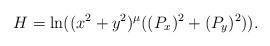
LaTeX: \begin{align*}H = \ln((x^2+y^2)^\mu ((P_x)^2 + (P_y)^2)).\end{align*}